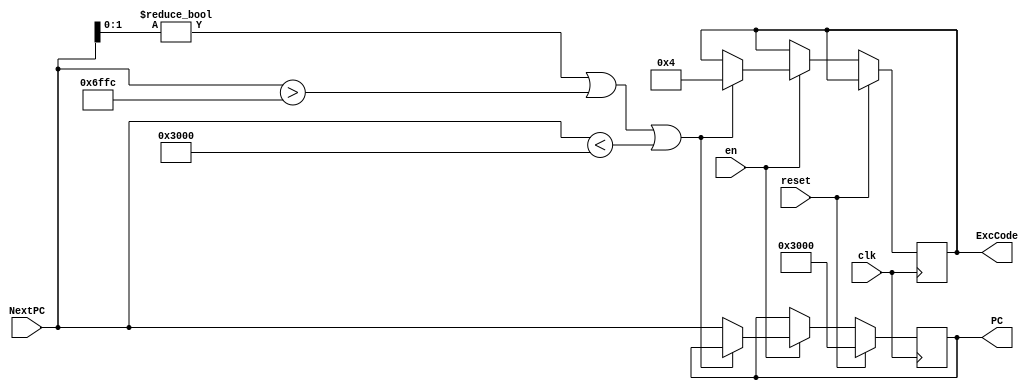
`timescale 1ns / 1ps
module IF_IFU(
    input clk,
    input [31:0] NextPC,
    input reset,
    input en,
    output reg[31:0] PC,

    output reg[4:0] ExcCode
    );
	 
	 
	 always @(posedge clk)begin
		if(reset)begin
            PC<=32'h00003000;
        end else begin
            if(en)begin
                if((NextPC[1:0]!=0)||(NextPC>32'h00006ffc)||(NextPC<32'h00003000))begin
                    ExcCode<=4;
                end else
                PC<=NextPC;
            end
		end
    end

endmodule